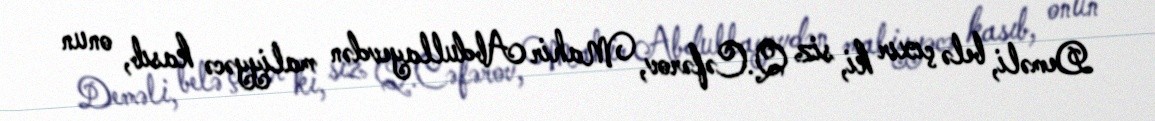
Deməli, belə çıxır ki, siz Q.Cəfərov, Mahir Abdullayevdən maliyyəcə kasıb, onun